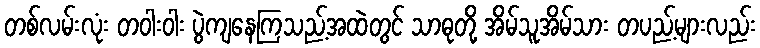
တစ်လမ်းလုံး တဝါးဝါး ပွဲကျနေကြသည့်အထဲတွင် သာဓုတို့ အိမ်သူအိမ်သား တပည့်များလည်း